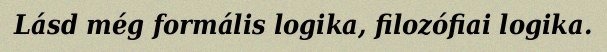
Lásd még formális logika, filozófiai logika.